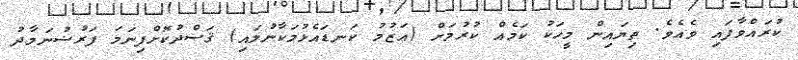
ކުރައްވާފައި ވެއެވެ. ތިޔައިން މީހަކު ކަމެއް ކުރުމަށް (ޢަޒުމު ކަނޑައެޅުމަކާނުލައި) ޤަޞްދުކޮށްފިނަމަ ފަރުޟުނަމާދު